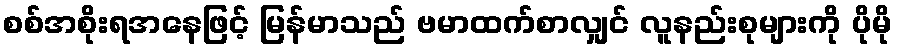
စစ်အစိုးရအနေဖြင့် မြန်မာသည် ဗမာထက်စာလျှင် လူနည်းစုများကို ပိုမို